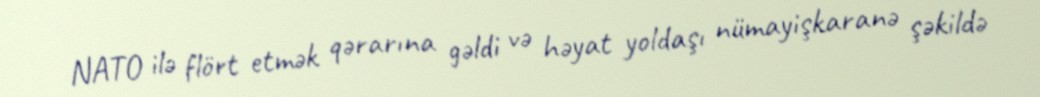
NATO ilə flört etmək qərarına gəldi və həyat yoldaşı nümayişkaranə şəkildə